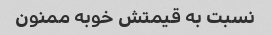
نسبت به قیمتش خوبه ممنون